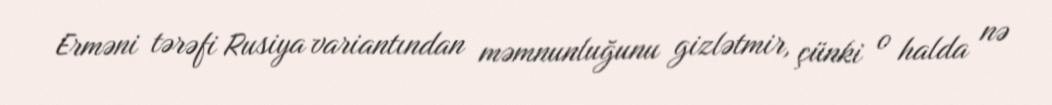
Erməni tərəfi Rusiya variantından məmnunluğunu gizlətmir, çünki o halda nə